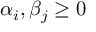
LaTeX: \alpha _ { i } , \beta _ { j } \geq 0